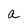
Character: A